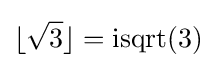
\lfloor {\sqrt {3}}\rfloor =\operatorname {isqrt} (3)